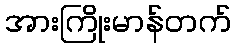
အားကြိုးမာန်တက်